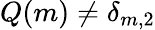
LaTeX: Q(m)\neq\delta_{m,2}